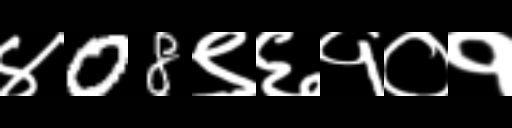
Text: ४08९६१०१